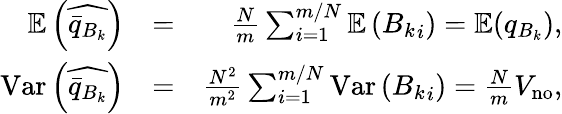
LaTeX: \begin{array}{rlr}{\mathbb{E}\left(\widehat{\bar{q}_{B_{k}}}\right)}&{=}&{\frac{N}{m}\sum_{i=1}^{m/N}\mathbb{E}\left({B_{k}}_{i}\right)=\mathbb{E}(q_{B_{k}}),}\\ {\mathrm{Var}\left(\widehat{\bar{q}_{B_{k}}}\right)}&{=}&{\frac{N^{2}}{m^{2}}\sum_{i=1}^{m/N}\mathrm{Var}\left({B_{k}}_{i}\right)=\frac{N}{m}V_{\mathrm{no}},}\end{array}